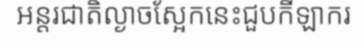
អន្តរជាតិល្ងាចស្អែកនេះជួបកីឡាករ